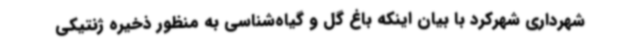
شهرداری شهرکرد با بیان اینکه باغ گل و گیاه‌شناسی به منظور ذخیره ژنتیکی